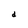
Character: d